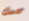
سمعك